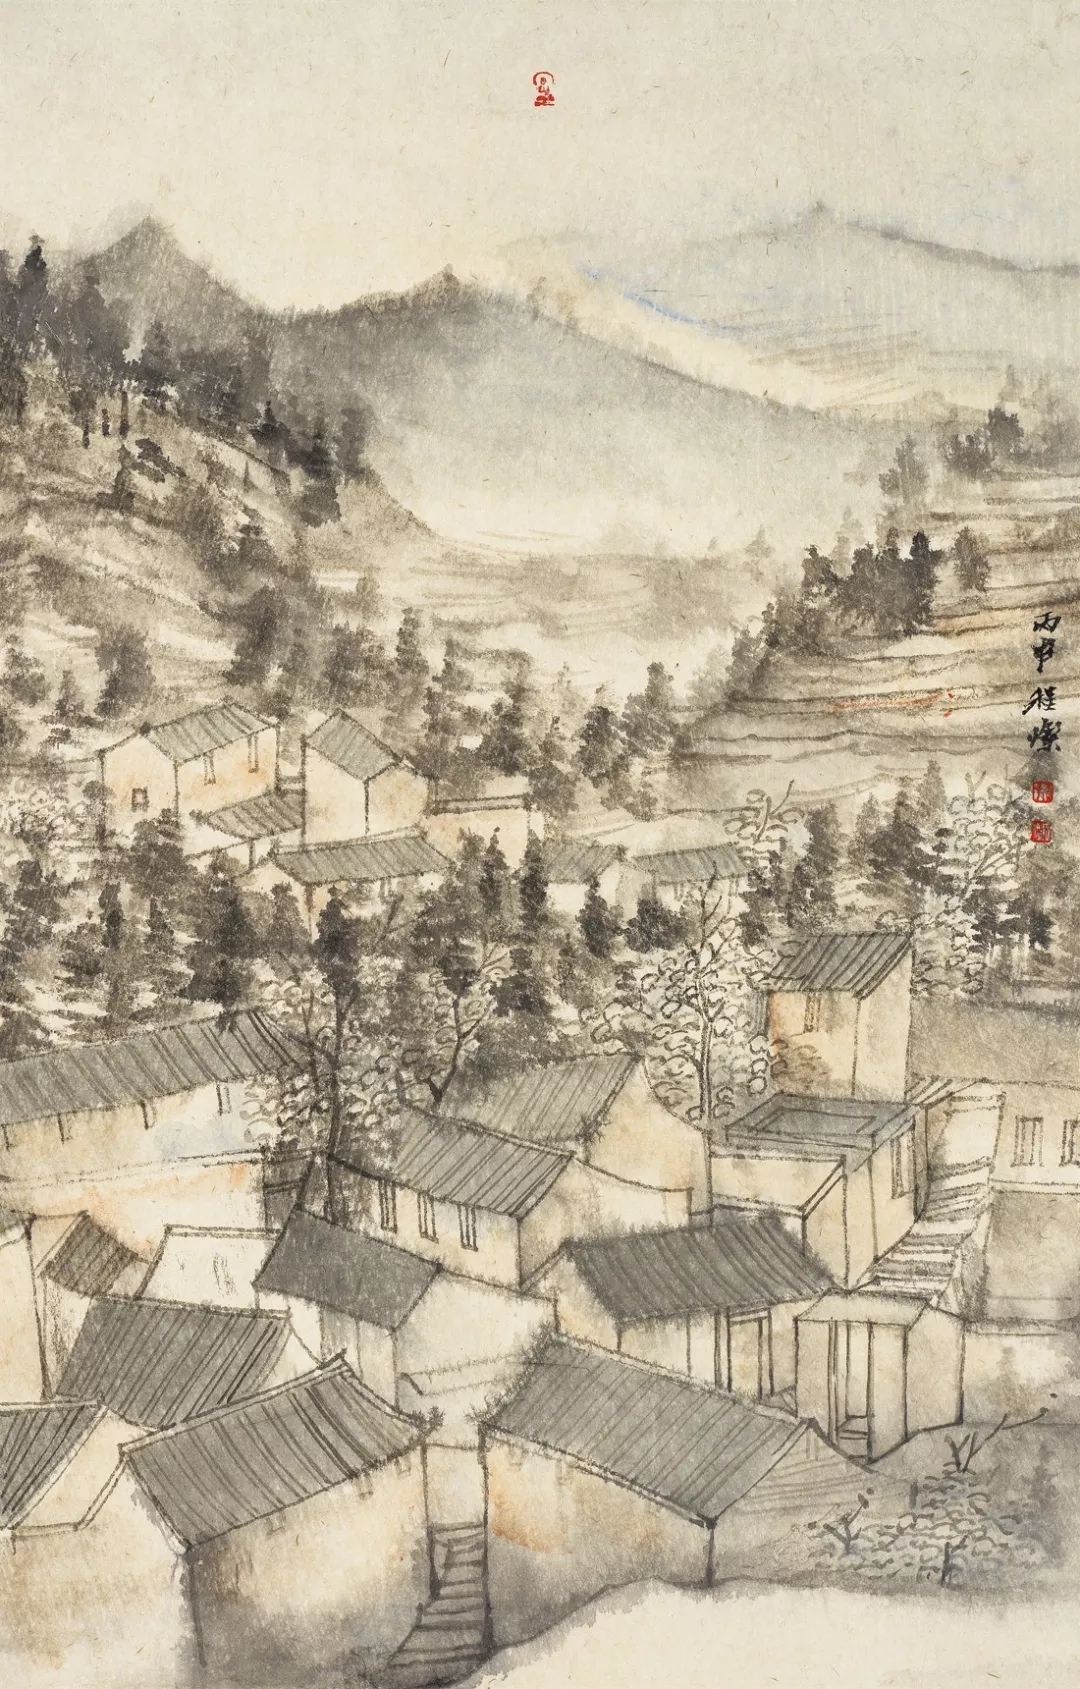
雁足无书古塞幽。一程烟草一程愁。